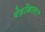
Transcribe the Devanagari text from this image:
पेड़ोंकाल।